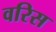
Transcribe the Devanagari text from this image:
वरिस